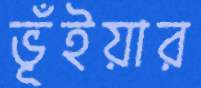
ভূঁইয়ার